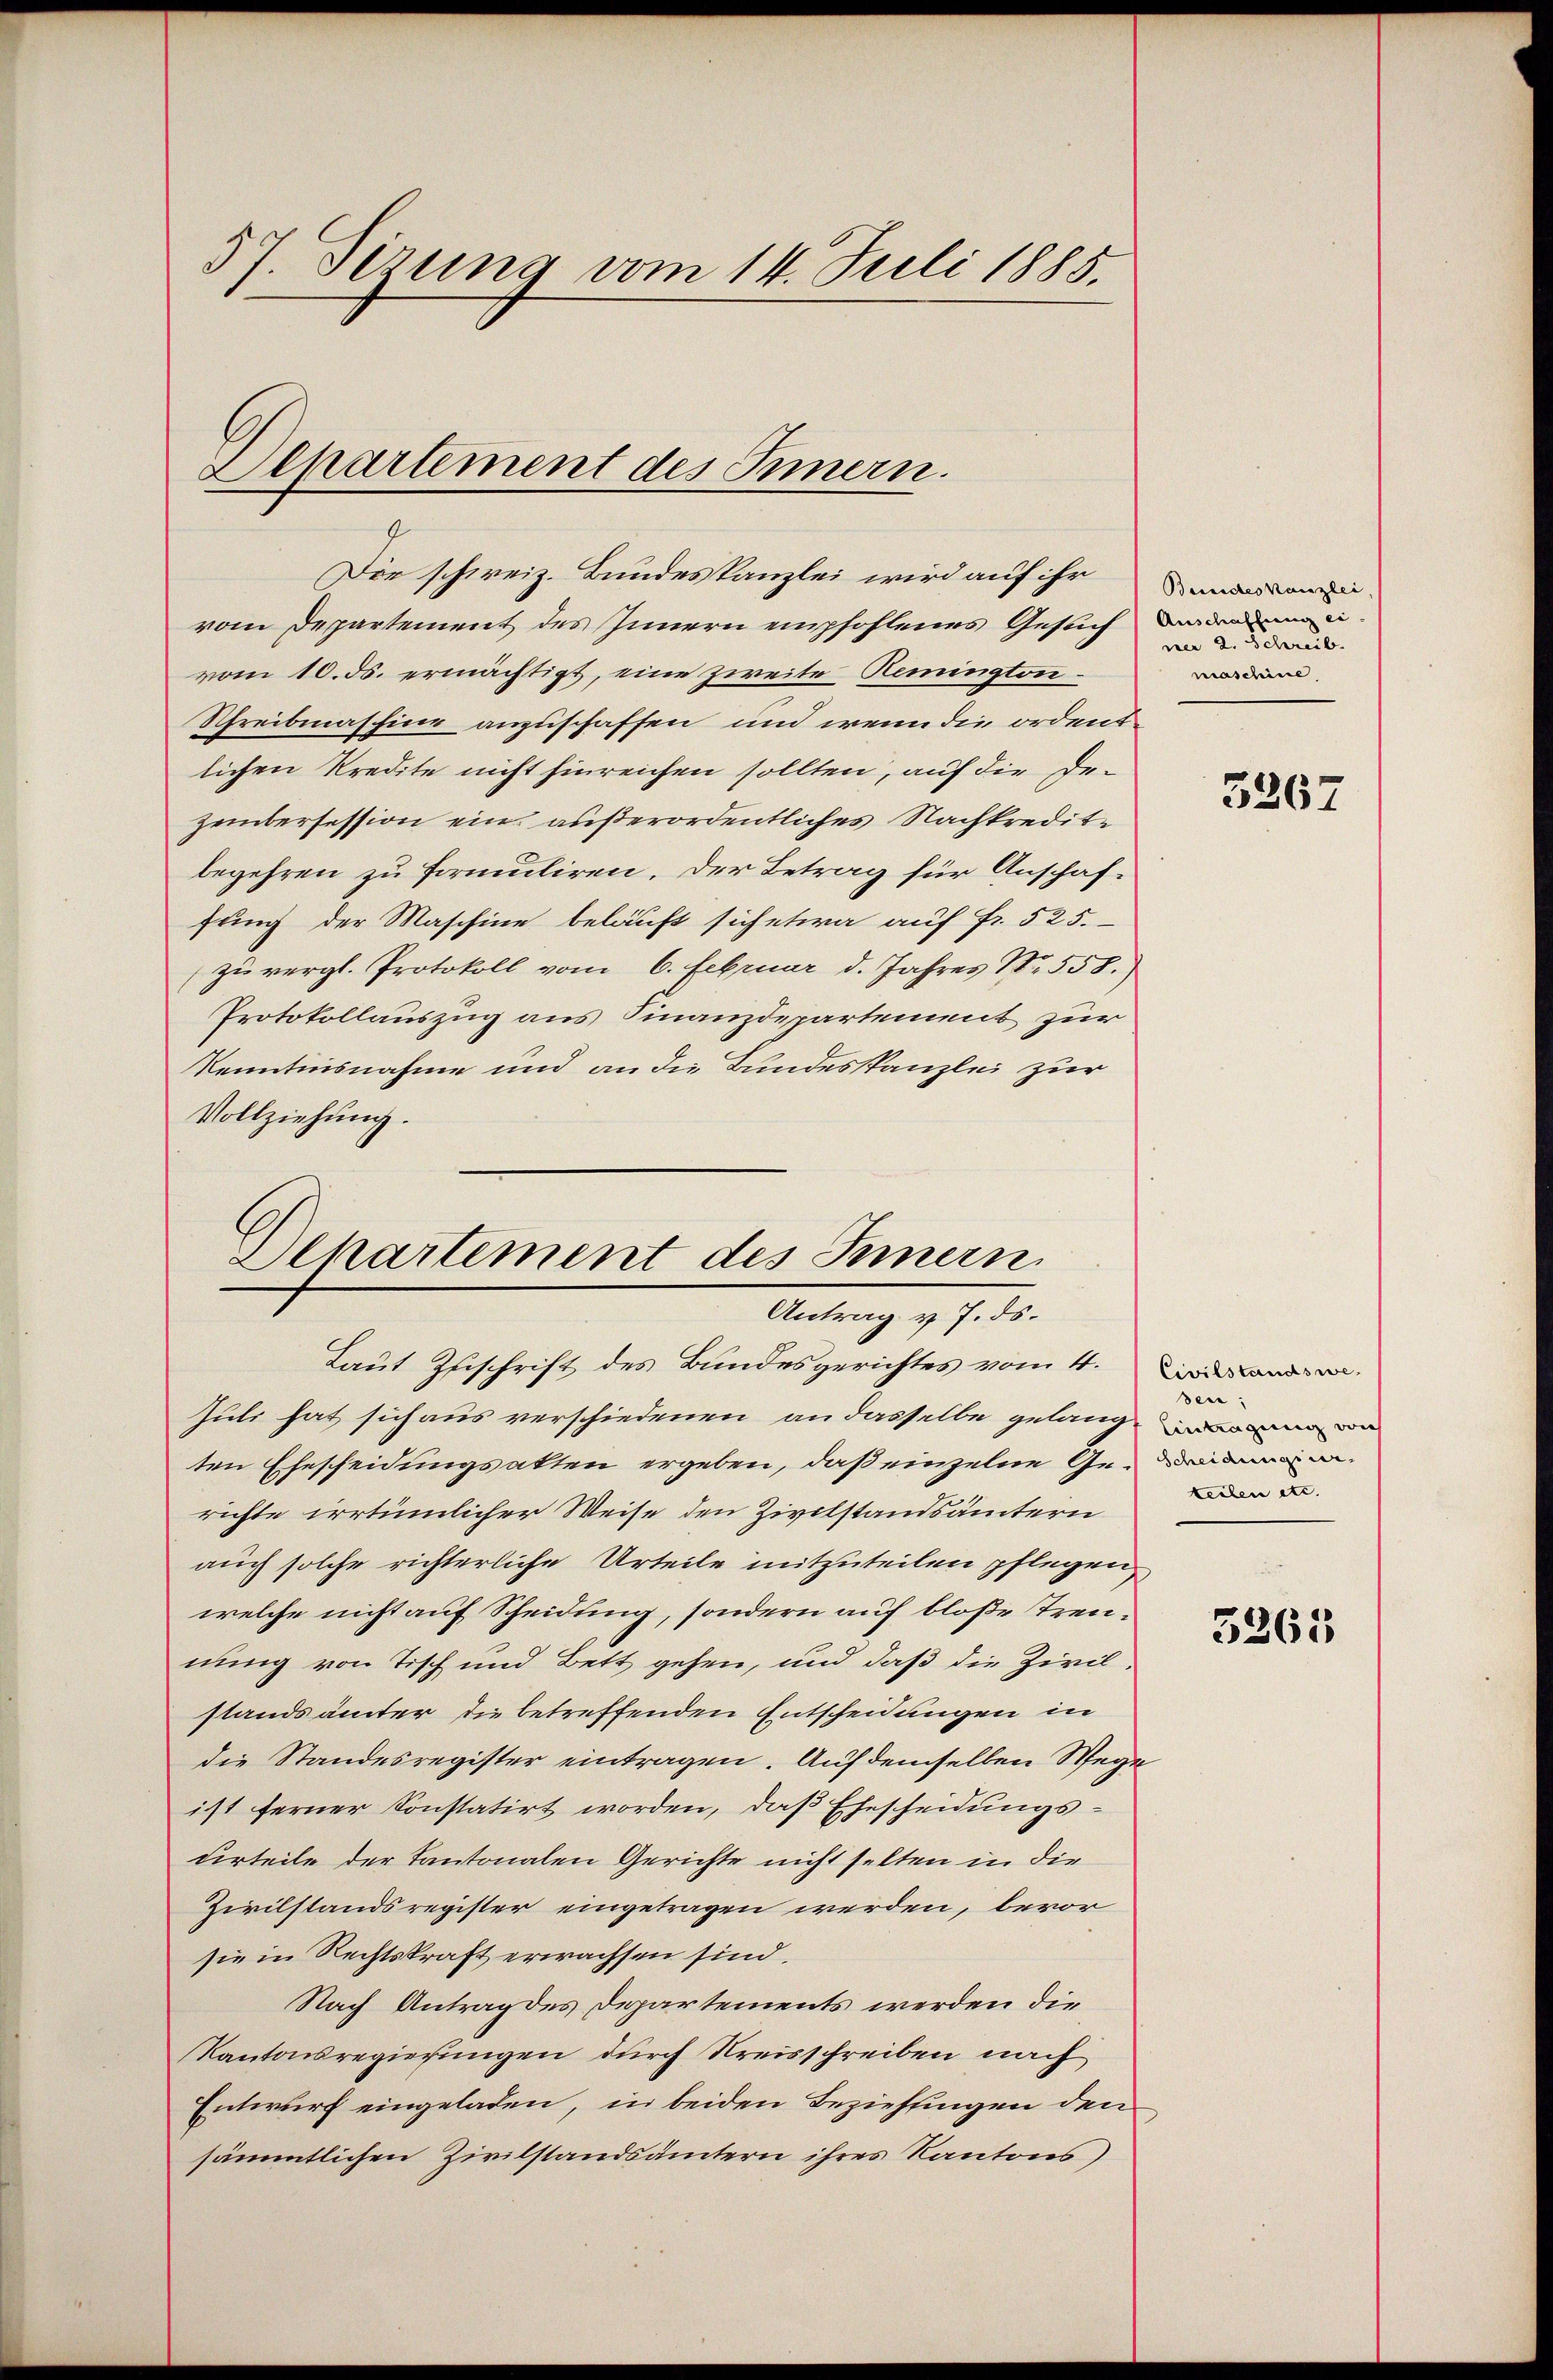
57. Sizung vom 14. Juli 1885.

Lepartement des Innern.
g

Die schweiz. Bundeskanzlei wird auf ihr
vom Departement des Innern empfohlenes Gesuch den ei
vom 10. ds. ermächtigt, eine zweite Remington¬
Schreibmaschine anzuschaffen, und wenn die ordentlichen Kredite nicht hinreichen sollten, auf die Dezembersession ein außerordentliches Nachkredite
begehren zu formuliren. Der Betrag für Anschaf-
fung der Maschine beläuft sich etwa auf Fr. 525.
zŭ vergl. Protokoll vom 6. Februar d. Jahres Nr. 558.
Protokollauszug aus Finanzdepartement zur
Kenntnisnahme und an die Bundeskanzlei zur
Vollziehung.

Laut Zuschrift des Bundesgerichtes vom 4.
Juli hat sich aus verschiedenen an dasselbe gelang
ten Ehescheidungsakten ergeben, daß einzelne Ge-
richte irrtümlicher Weise den Zivilstandsämtern
auch solche richterliche Urteile mitzuteilen pflegen,
welche nicht auf Scheidung, sondern auf bloße Treunung von Tisch und Bett gehen, und daß die Zivilstandsämter die betreffenden Entscheidungen in
die Standesregister eintragen. Auf demselben Wege
ist ferner Konstatirt worden, daß Ehescheidungsderteile der Kantonalen Gerichte nicht selten in die
Zivilstandsregister eingetragen werden, bevor
sie in Rechtskraft erwachsen sind.
Nach Antrag des Departements werden die
Kantonsregierungen durch Kreisschreiben nach
Entwurf eingeladen, in beiden Beziehungen den
sämmtlichen Zivilstandsämtern ihres Kantons

Departement des Innern
Antrag v. 7. ds.

Bundeskanzlei
ner 2. Schreib
maschine

5267

Civilstandswesen;
keilen etc.

5365